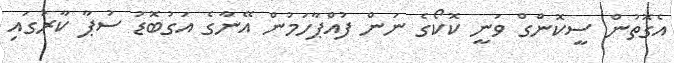
އެގޮތުން ސީކޮންގް ވަނީ ކޮކޯގެ ނަން ފުއްޕާހަމުން އޭނާގެ އަގުބޮޑު ސުޕާ ކާރުގައި